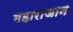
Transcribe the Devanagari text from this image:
महाराजान